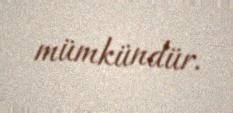
mümkündür.